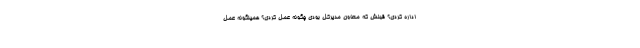
اداره کردی؟ قبلش که معاون مدیرکل بودی چگونه عمل کردی؟ همینگونه عمل